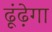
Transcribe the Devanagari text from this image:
ढूंढ़ेगा